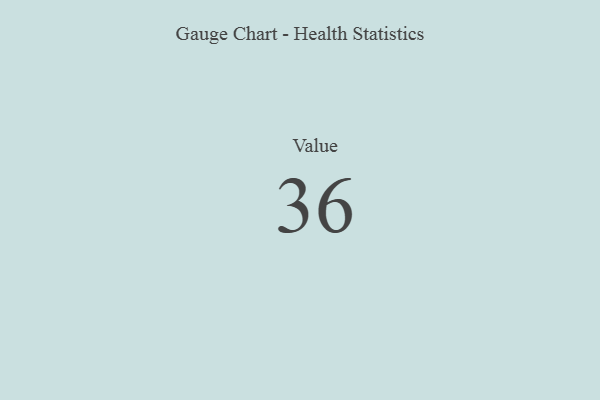
{"axis": {"x": "Metric", "y": "Value"}, "legend": [""], "data": [{"x": "Value", "y": 36, "type": ""}]}